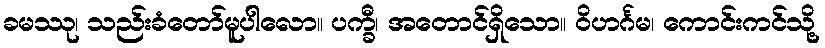
ခမဿု၊ သည်းခံတော်မူပါလော။ ပက္ခီ၊ အတောင်ရှိသော။ ဝိဟင်္ဂမ၊ ကောင်းကင်သို့